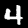
Digit: 4